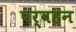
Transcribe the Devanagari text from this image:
पर्वहन